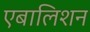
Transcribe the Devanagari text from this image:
एबालिशन